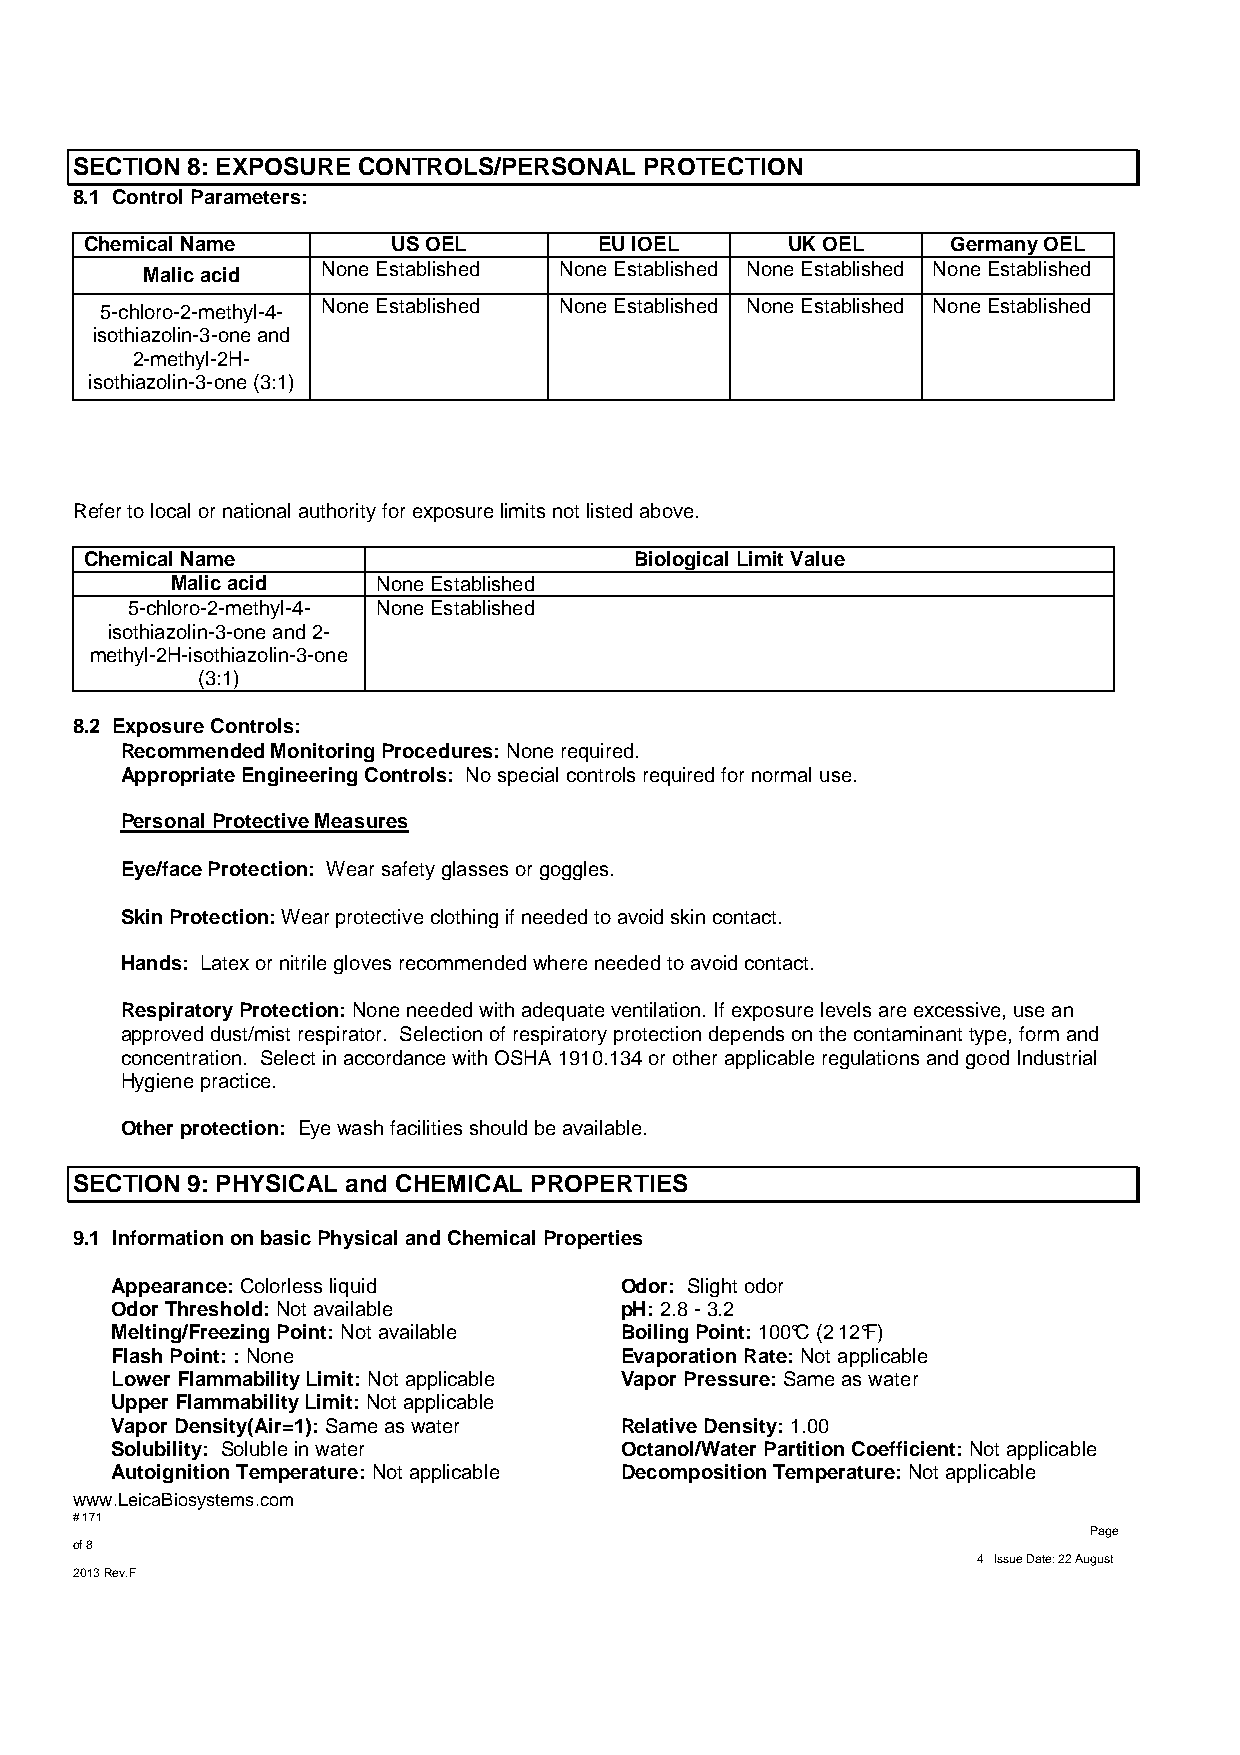
SECTION 8: EXPOSURE CONTROLS/PERSONAL PROTECTION
 8.1 Control Parameters:
 Chemical Name       US OEL        EU IOEL     UK OEL     Germany OEL
 Malic acid  None Established None Established None Established None Established
 5-chloro-2-methyl-4- None Established None Established None Established None Established
 isothiazolin-3-one and
 2-methyl-2H-
 isothiazolin-3-one (3:1)
 Refer to local or national authority for exposure limits not listed above.
 Chemical Name                       Biological Limit Value
 Malic acid    None Established
 5-chloro-2-methyl-4- None Established
 isothiazolin-3-one and 2-
 methyl-2H-isothiazolin-3-one
 (3:1)
 8.2 Exposure Controls:
 Recommended Monitoring Procedures: None required.
 Appropriate Engineering Controls: No special controls required for normal use.
 Personal Protective Measures
 Eye/face Protection: Wear safety glasses or goggles.
 Skin Protection: Wear protective clothing if needed to avoid skin contact.
 Hands: Latex or nitrile gloves recommended where needed to avoid contact.
 Respiratory Protection: None needed with adequate ventilation. If exposure levels are excessive, use an
 approved dust/mist respirator. Selection of respiratory protection depends on the contaminant type, form and
 concentration. Select in accordance with OSHA 1910.134 or other applicable regulations and good Industrial
 Hygiene practice.
 Other protection: Eye wash facilities should be available.
 SECTION 9: PHYSICAL and CHEMICAL PROPERTIES
 9.1 Information on basic Physical and Chemical Properties
 Appearance: Colorless liquid      Odor: Slight odor
 Odor Threshold: Not available     pH: 2.8 - 3.2
 Melting/Freezing Point: Not available Boiling Point: 100°C (212°F)
 Flash Point: : None               Evaporation Rate: Not applicable
 Lower Flammability Limit: Not applicable Vapor Pressure: Same as water
 Upper Flammability Limit: Not applicable
 Vapor Density(Air=1): Same as water Relative Density: 1.00
 Solubility: Soluble in water      Octanol/Water Partition Coefficient: Not applicable
 Autoignition Temperature: Not applicable Decomposition Temperature: Not applicable
 www.LeicaBiosystems.com
 # 171
 Page
 of 8
 4 Issue Date: 22 August
 2013 Rev.F